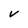
Character: v